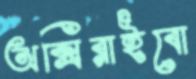
অক্সিরাইবো